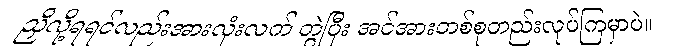
ညှိလို့ရရင်လည်းအားလုံးလက် တွဲပြီး အင်အားတစ်စုတည်းလုပ်ကြမှာပဲ။